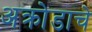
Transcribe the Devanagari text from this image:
अक्रोडाचे